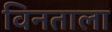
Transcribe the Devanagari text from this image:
विनताला